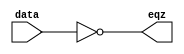
`timescale 1ns / 1ps
//////////////////////////////////////////////////////////////////////////////////
// Company: 
// Engineer: 
// 
// Design Name: 
// Module Name:    EQZ 
// Project Name: 
// Target Devices: 
// Tool versions: 
// Description: 
//
// Dependencies: 
//
// Revision: 
// Revision 0.01 - File Created
// Additional Comments: 
//
//////////////////////////////////////////////////////////////////////////////////
module EQZ (eqz, data); 
	 input [15:0] data;
	 output eqz; 
	 assign eqz = (data == 0); 
endmodule